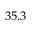
3 5 . 3